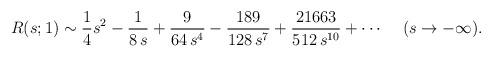
LaTeX: \begin{align*}R(s;1)\sim {1\over 4} s^2 -{1\over 8\, s} + {9\over 64\, s^4} -{189\over 128\, s^7}+ {21663\over 512\, s^{10}} +\cdots \, \ \ \ (s\rightarrow -\infty) .\end{align*}